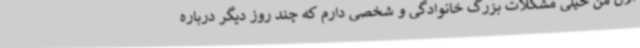
الان من خیلی مشکلات بزرگ خانوادگی و شخصی دارم که چند روز دیگر درباره